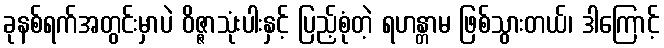
ခုနစ်ရက်အတွင်းမှာပဲ ဝိဇ္ဇာသုံးပါးနှင့် ပြည့်စုံတဲ့ ရဟန္တာမ ဖြစ်သွားတယ်၊ ဒါကြောင့်